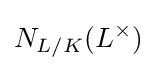
N_{L/K}(L^{\times })